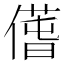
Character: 𠎲